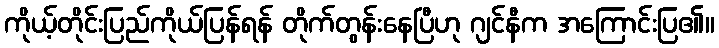
ကိုယ့်တိုင်းပြည်ကိုယ်ပြန်ရန် တိုက်တွန်းနေပြီဟု ဂျင်နီက အကြောင်းပြ၏။